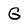
Character: G